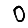
Digit: 0